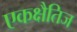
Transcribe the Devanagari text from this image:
एकक्षैतिज